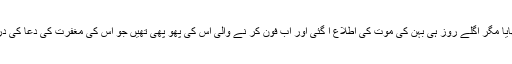
میں نے دعا کا وعدہ نبھایا مگر اگلے روز ہی بہن کی موت کی اطلاع آ گئی اور اب فون کر نے والی اس کی پھو پھی تھیں جو اس کی مغفرت کی دعا کی درخواست کر رہی تھیں !